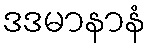
ဒဒမာနာနံ